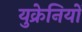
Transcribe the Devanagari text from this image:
युक्रेनियों